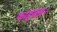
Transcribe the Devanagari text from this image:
फाइनल।